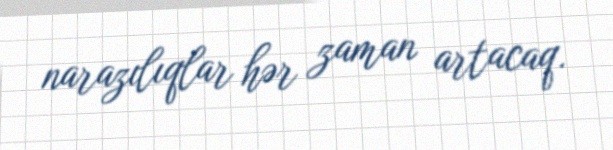
narazılıqlar hər zaman artacaq.